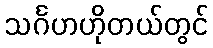
သင်္ဂဟဟိုတယ်တွင်